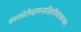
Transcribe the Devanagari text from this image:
सप्तकोटीमहामन्त्राश्चित्तविभ्रंशकारकाः